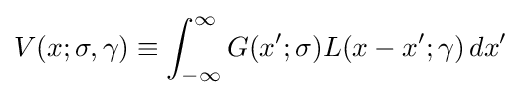
V(x;\sigma ,\gamma )\equiv \int _{-\infty }^{\infty }G(x';\sigma )L(x-x';\gamma )\,dx'